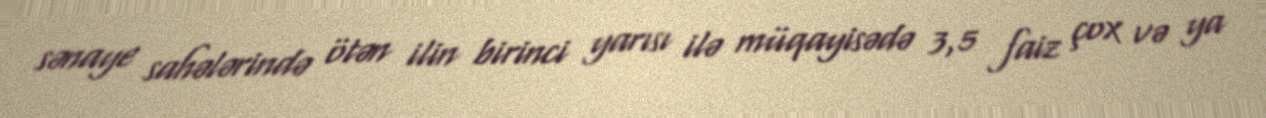
sənaye sahələrində ötən ilin birinci yarısı ilə müqayisədə 3,5 faiz çox və ya